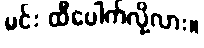
မင်း ထီပေါက်လို့လား။